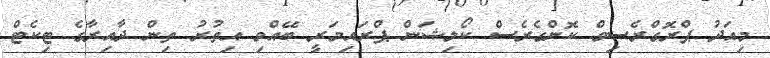
މިއަދު ޕްރޮގްރެސިވް ކޮންގެރެސް ކޯލިޝަން ޕްރައިމަރީ ބޭއްވި އިތުރު ތިން ދާއިރާގެ ޓިކެޓް